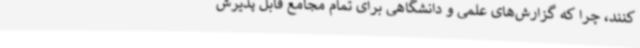
کنند، چرا که گزارش‌های علمی و دانشگاهی برای تمام مجامع قابل پذیرش